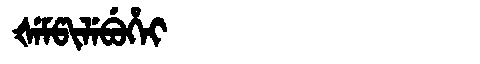
Manchu: ᡧᡝᠮᡦᡳᠯᡝᠪᡠᡥᡝᡳ
Romanization: ŠEMPILEBUHEI